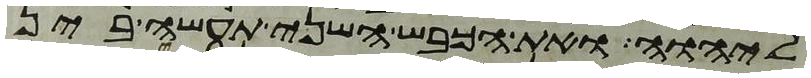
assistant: ליהוה ואת הכבש השני תעשה בין